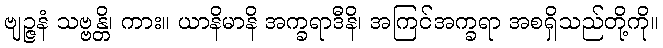
ဗျဉ္ဇနံ သဗ္ဗန္တိ၊ ကား။ ယာနိမာနိ အက္ခရာဒီနိ၊ အကြင်အက္ခရာ အစရှိသည်တို့ကို။